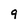
Character: 9